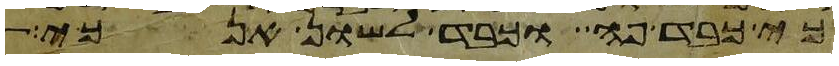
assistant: כי כבד פה וכבד לשון אנכי